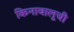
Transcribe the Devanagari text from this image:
किनाबालूची